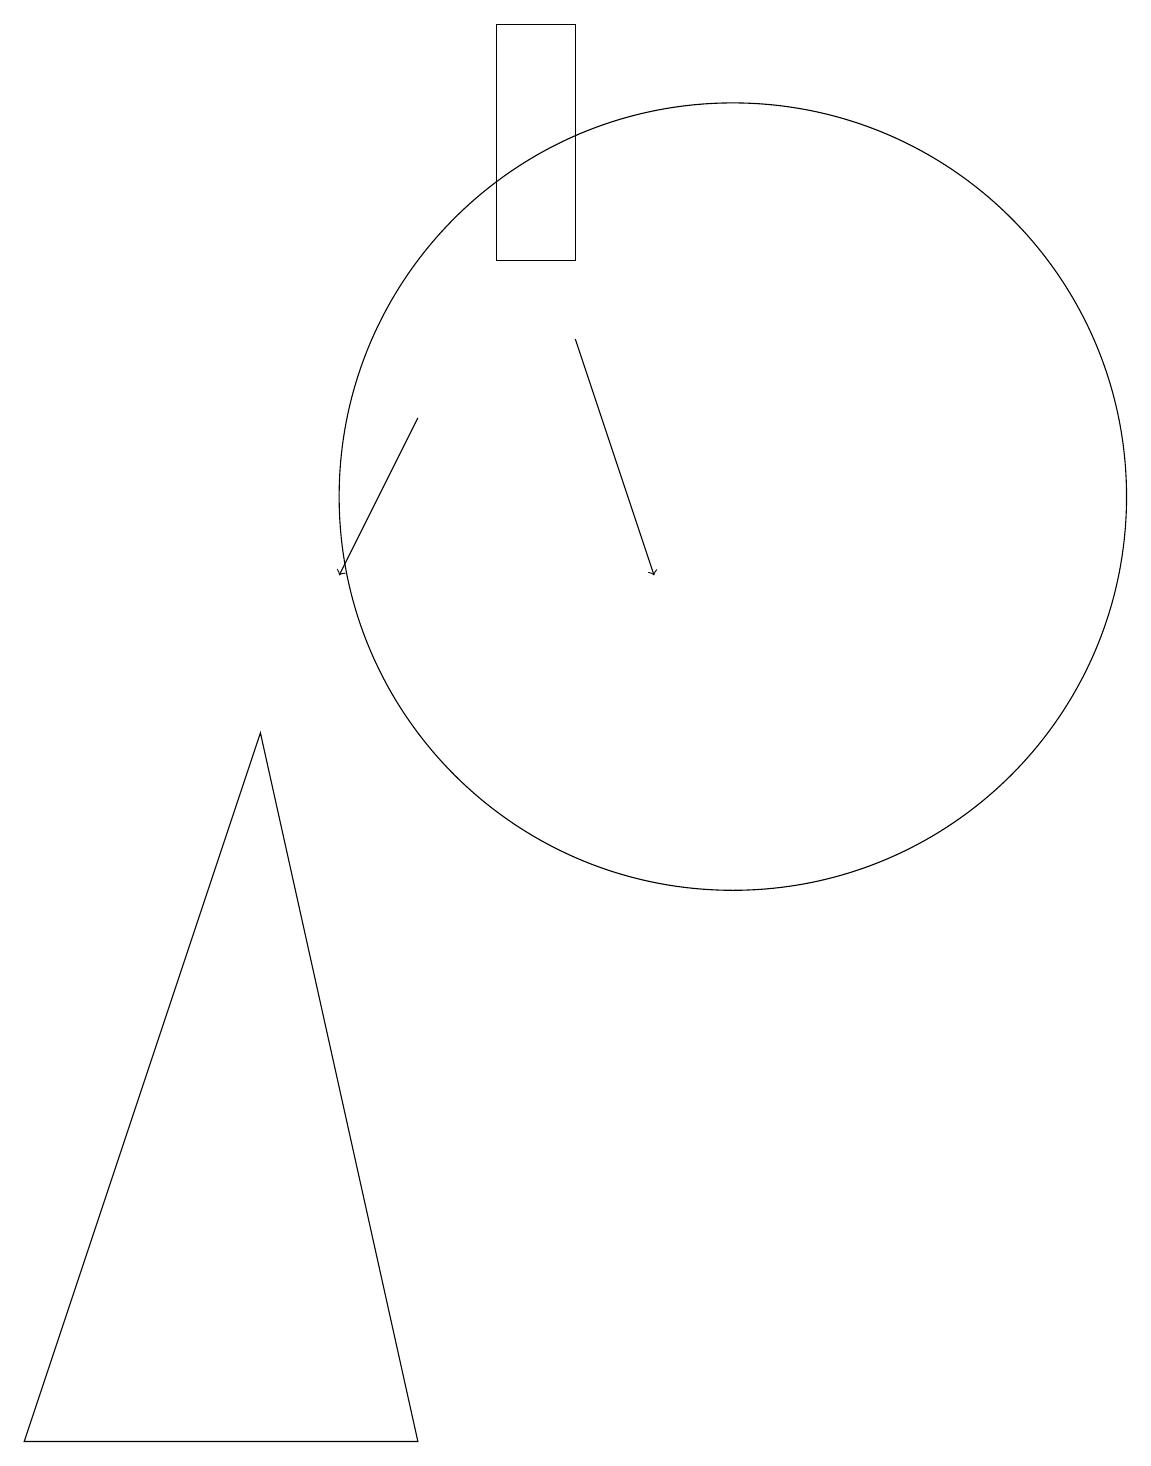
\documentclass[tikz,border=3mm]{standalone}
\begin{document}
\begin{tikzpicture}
\draw (11,10) circle (0);
\draw (7,18) rectangle (8,15);
\draw (10,12) circle (5);
\draw (6,0) -- (1,0) -- (4,9) -- cycle;
\draw[->] (6,13) -- (5,11);
\draw[->] (8,14) -- (9,11);
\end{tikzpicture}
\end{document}